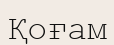
Қоғам